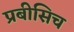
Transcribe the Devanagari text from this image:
प्रबीसिच